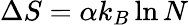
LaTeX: \Delta S=\alpha k_{B}\ln N